Vaccination Hyderabad 1890-1903 - 1890-1903
Year: 1890
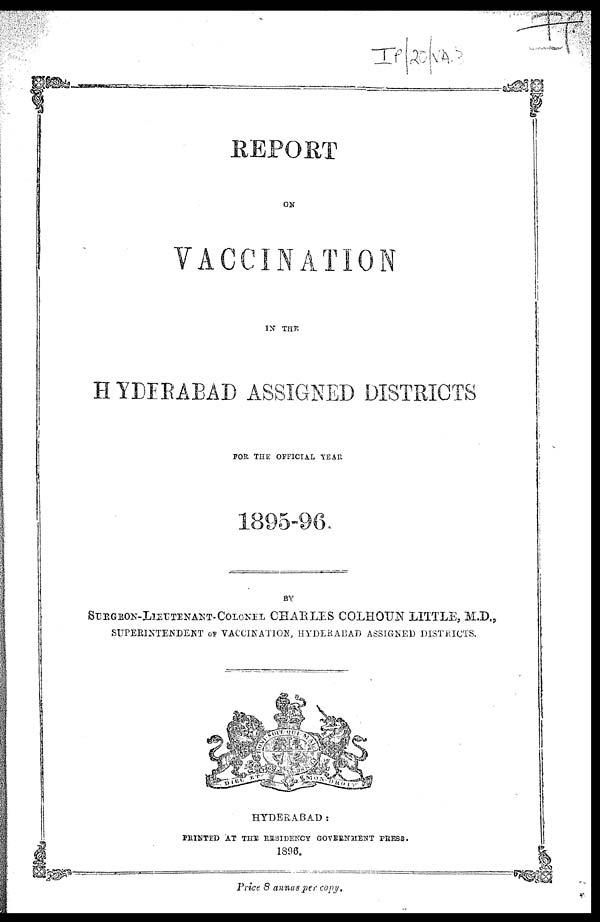
REPORT
ON
VACCINATION
IN THE
HYDERABAD ASSIGNED DISTRICTS
FOR THE OFFICIAL YEAR
1895-96.
BY
SURGEON-LIEUTENANT-COLONEL CHARLES COLHOUN LITTLE, M.D.,
SUPERINTENDENT OF VACCINATION, HYDERABAD ASSIGNED DISTRICTS.
HYDERABAD:
PRINTED AT THE RESIDENCY GOVERNMENT PRESS.
1896.
Price 8 annas per copy.